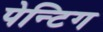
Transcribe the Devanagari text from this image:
पेन्टिग